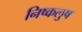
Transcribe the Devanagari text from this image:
निष्कलुष